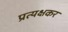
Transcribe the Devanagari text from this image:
प्रत्यक्षकर